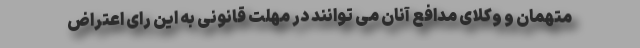
متهمان و وکلای مدافع آنان می توانند در مهلت قانونی به این رای اعتراض